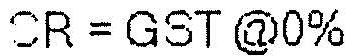
SR = GST @0%